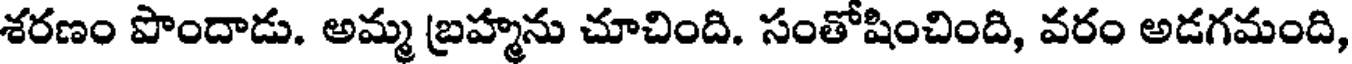
శరణం పొందాడు. అమ్మ బ్రహ్మను చూచింది. సంతోషించింది, వరం అడగమంది,